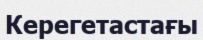
Керегетастағы